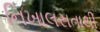
નિખાલસતાથી